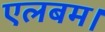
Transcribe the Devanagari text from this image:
एलबम।